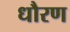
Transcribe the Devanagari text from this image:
धौरण